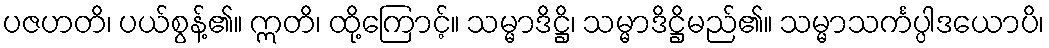
ပဇဟတိ၊ ပယ်စွန့်၏။ ဣတိ၊ ထို့ကြောင့်။ သမ္မာဒိဋ္ဌိ၊ သမ္မာဒိဋ္ဌိမည်၏။ သမ္မာသင်္ကပ္ပါဒယောပိ၊